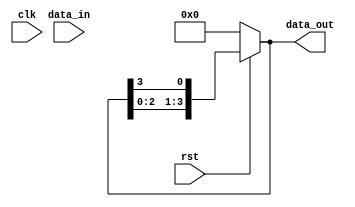
module shift_register (
    input clk,
    input data_in,
    input rst,
    output reg [SG_width-1:0] data_out
);
    parameter SG_width =4;
    always @(clk) begin
        if (!rst) begin
            data_out=4'b0000;
        end else begin
            data_out<={data_out[SG_width-2:0],data_out[SG_width-1]};
        end
    end
endmodule